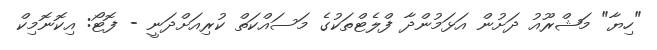
"ހިޔާ" މަޝްރޫއު ދަށުން އަޅަމުންދާ ފްލެޓްތަކުގެ މަސައްކަތް ކުރިއަށްދަނީ - ފޮޓޯ: އިކޮނޮމިކް